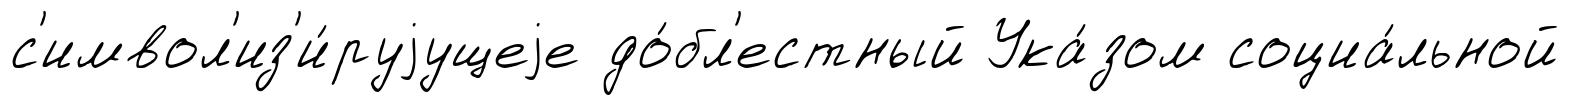
с'имвол'из'и́руjущеjе до́бл'естный Ука́зом социа́льной